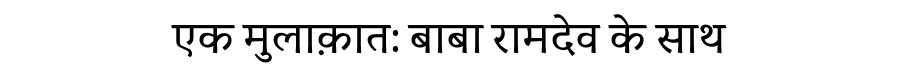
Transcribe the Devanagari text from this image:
एक मुलाक़ात: बाबा रामदेव के साथ